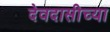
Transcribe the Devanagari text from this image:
देवदासीच्या